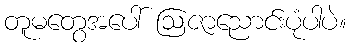
တူမတွေအပေါ် ဩဇာညောင်းပုံပါပဲ။